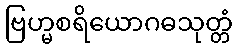
ဗြဟ္မစရိယောဂဓသုတ္တံ